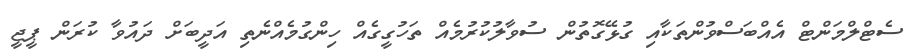
ސެޓްލްމަންޓް އެއްބަސްވުންތަކާއި ގުޅޭގޮތުން ސުވާލުކުރުމެއް ތަހުގީގެއް ހިންގުމެއްނެތި އަދީބަށް ދައުވާ ކުރަން ޕީޖީ